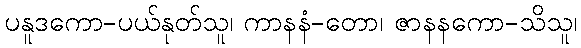
ပနူဒကော-ပယ်နုတ်သူ၊ ကာနနံ-တော၊ ဇာနနကော-သိသူ၊